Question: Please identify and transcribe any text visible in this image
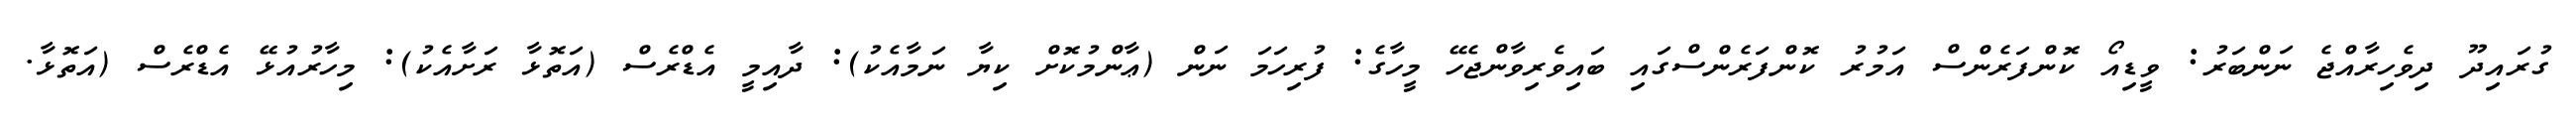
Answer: ގުރައިދޫ ދިވެހިރާއްޖެ ނަންބަރު: ވީޑިއޯ ކޮންފަރެންސް އަމުރު ކޮންފަރެންސްގައި ބައިވެރިވާންޖެހޭ މީހާގެ: ފުރިހަމަ ނަން (ޢާންމުކޮށް ކިޔާ ނަމާއެކު): ދާއިމީ އެޑްރެސް (އަތޮޅާ ރަށާއެކު): މިހާރުއުޅޭ އެޑްރެސް (އަތޮޅާ.